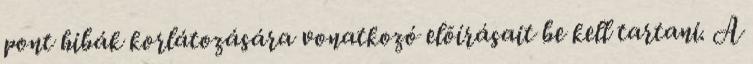
pont hibák korlátozására vonatkozó elõírásait be kell tartani. A